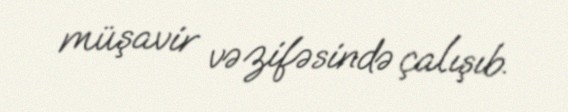
müşavir vəzifəsində çalışıb.